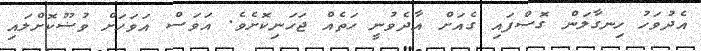
އެދުވަހު ހިނގާލަން ގޮސްފައި ގެއަށް އާދެވުނީ ހަތެއް ޖަހަނިކޮށެވެ. އަވަސް އަވަހަށް ވުޟޫކޮށްލައި